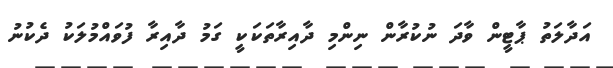
އަދާލަތު ޕާޓީން ވާދަ ނުކުރާން ނިންމި ދާއިރާތަކަކީ ގަމު ދާއިރާ ފުވައްމުލަކު ދެކުނު